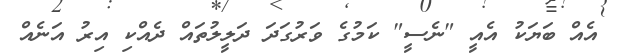
އެއް ބަޔަކު އެއީ "ނެސީ" ކަމުގެ ވަރުގަދަ ދަލީލުތައް ދެއްކި އިރު އަނެއް